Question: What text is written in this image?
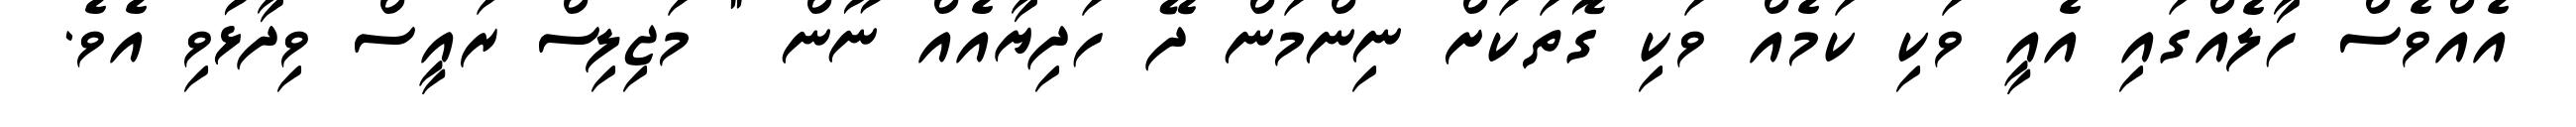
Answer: އެއްވެސް ހާލެއްގައި އެއީ ވަކި ކަމެއް ވަކި ގޮތަކަށް ނިންމަން ދޭ ހަދިޔާއެއް ނޫން " މަޖިލިސް ރައީސް ވިދާޅުވި އެވެ.